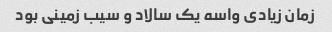
زمان زیادی واسه یک سالاد و سیب زمینی بود